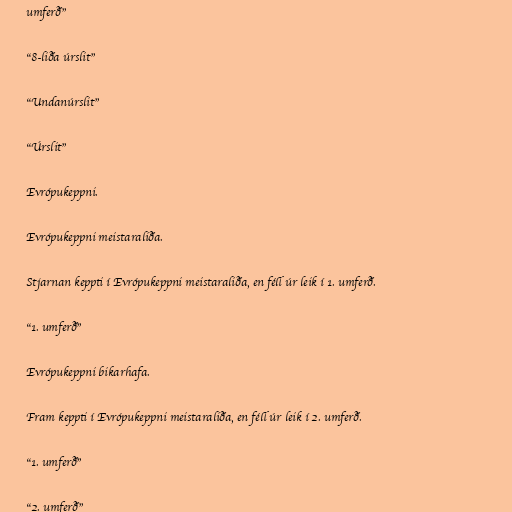
umferð"

"8-liða úrslit"

"Undanúrslit"

"Úrslit"

Evrópukeppni.

Evrópukeppni meistaraliða.

Stjarnan keppti í Evrópukeppni meistaraliða, en féll úr leik í 1. umferð.

"1. umferð"

Evrópukeppni bikarhafa.

Fram keppti í Evrópukeppni meistaraliða, en féll úr leik í 2. umferð.

"1. umferð"

"2. umferð"